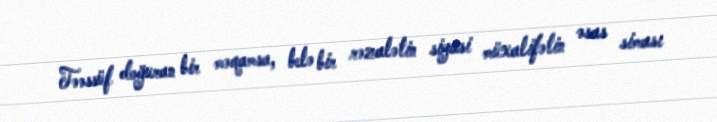
Təəssüf doğuran bir məqamsa, belə bir rəzalətin siyasi müxalifətin əsas siması